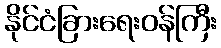
နိုင်ငံခြားရေးဝန်ကြီး